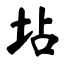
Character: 坫